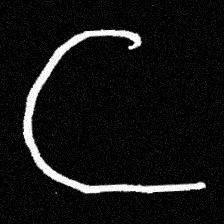
Pyu character \u2014 Myanmar letter: ဋ (romanized: tta)